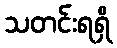
သတင်းရရှိ